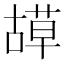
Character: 𦹯